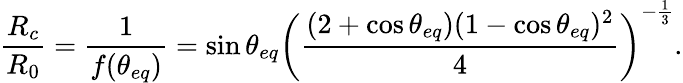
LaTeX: \frac{R_{c}}{R_{0}}=\frac{1}{f(\theta_{eq})}=\sin\theta_{eq}\left(\frac{(2+\cos\theta_{eq})(1-\cos\theta_{eq})^{2}}{4}\right)^{-\frac{1}{3}}.